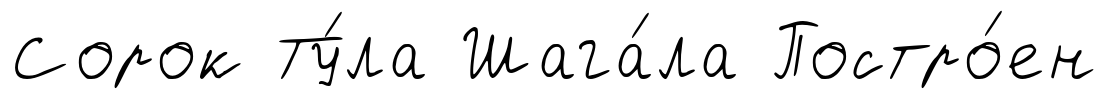
Сорок Ту́ла Шага́ла Постро́ен